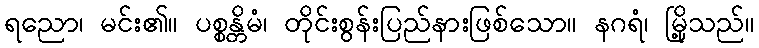
ရညော၊ မင်း၏။ ပစ္စန္တိမံ၊ တိုင်းစွန်းပြည်နားဖြစ်သော။ နဂရံ၊ မြို့သည်။